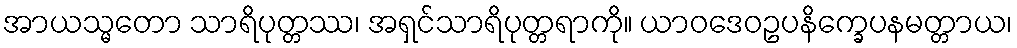
အာယသ္မတော သာရိပုတ္တဿ၊ အရှင်သာရိပုတ္တရာကို။ ယာဝဒေဝဥပနိက္ခေပနမတ္တာယ၊